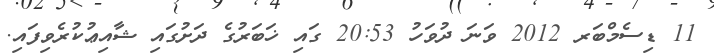
11 ޑިސެމްބަރ 2012 ވަނަ ދުވަހު 20:53 ގައި ޚަބަރުގެ ދަށުގައި ޝާއިޢުކުރެވިފައި.